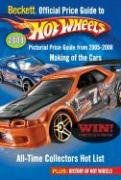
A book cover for Beckett Price Guide to Hot Wheels, 1st Edition; Science Fiction & Fantasy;